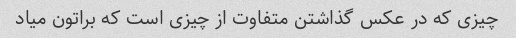
چیزی که در عکس گذاشتن متفاوت از چیزی است که براتون میاد